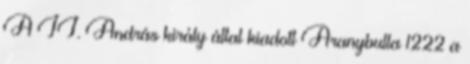
A II. András király által kiadott Aranybulla 1222 a